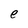
Character: e